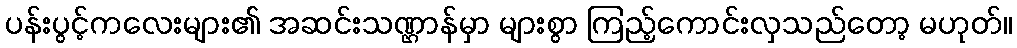
ပန်းပွင့်ကလေးများ၏ အဆင်းသဏ္ဌာန်မှာ များစွာ ကြည့်ကောင်းလှသည်တော့ မဟုတ်။